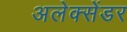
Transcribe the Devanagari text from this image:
अलेक्‍सेंडर